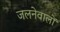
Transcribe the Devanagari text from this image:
जलनेवालों